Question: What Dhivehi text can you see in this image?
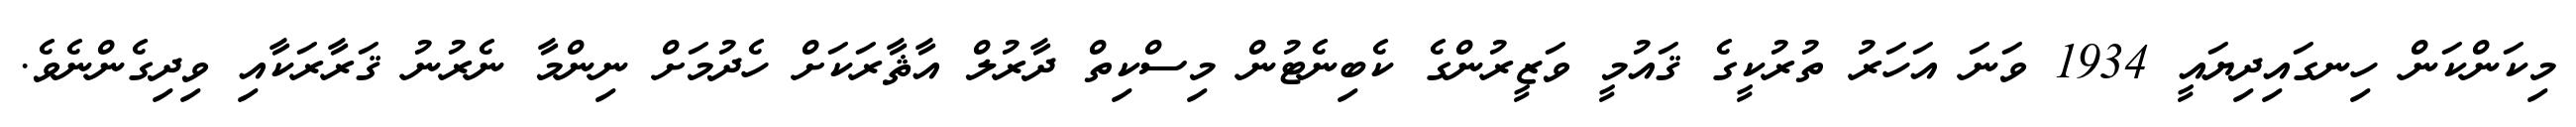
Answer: މިކަންކަން ހިނގައިދިޔައީ 1934 ވަނަ އަހަރު ތުރުކީގެ ޤައުމީ ވަޒީރުންގެ ކެބިނެޓުން މިސްކިތް ދާރުލް އާޘާރަކަށް ހެދުމަށް ނިންމާ ނެރުނު ޤަރާރަކާއި ވިދިގެންނެވެ.